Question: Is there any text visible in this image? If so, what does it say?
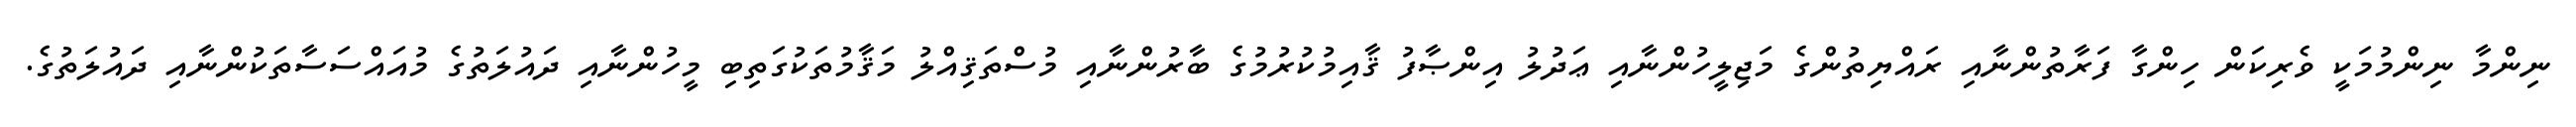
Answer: ނިންމާ ނިންމުމަކީ ވެރިކަން ހިންގާ ފަރާތުންނާއި ރައްޔިތުންގެ މަޖިލީހުންނާއި ޢަދުލު އިންޞާފު ޤާއިމުކުރުމުގެ ބާރުންނާއި މުސްތަޤިއްލު މަޤާމުތަކުގަތިބި މީހުންނާއި ދައުލަތުގެ މުއައްސަސާތަކުންނާއި ދައުލަތުގެ.